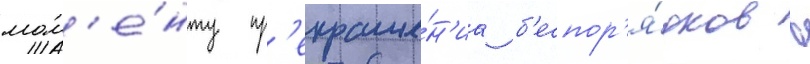
мом'е́нту пр'екраще́н'иа б'еспор'я́дков в